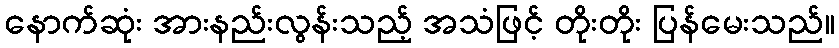
နောက်ဆုံး အားနည်းလွန်းသည့် အသံဖြင့် တိုးတိုး ပြန်မေးသည်။